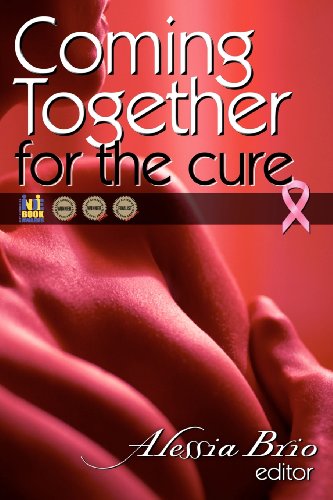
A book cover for Coming Together: For the Cure; Alessia Brio; Romance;